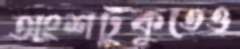
অংশটুকুতেও